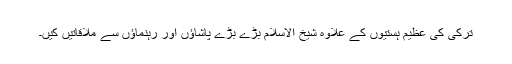
ترکی کی عظیم ہستیوں کے علاوہ شیخ الاسلام بڑے بڑے پاشاﺅں اور رہنماﺅں سے ملاقاتیں کیں۔